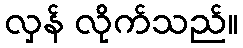
လှန် လိုက်သည်။